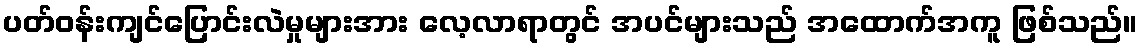
ပတ်ဝန်းကျင်ပြောင်းလဲမှုများအား လေ့လာရာတွင် အပင်များသည် အထောက်အကူ ဖြစ်သည်။